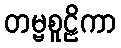
တမ္ဗစူဠိကာ